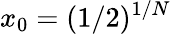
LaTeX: x_{0}=(1/2)^{1/N}